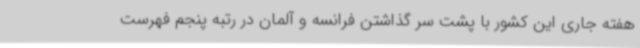
هفته جاری این کشور با پشت سر گذاشتن فرانسه و آلمان در رتبه پنجم فهرست